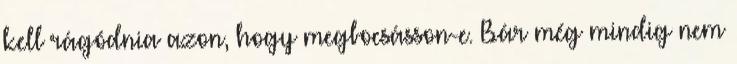
kell rágódnia azon, hogy megbocsásson-e. Bár még mindig nem